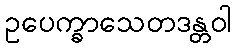
ဥပေက္ခာသေတဒန္တဝါ